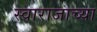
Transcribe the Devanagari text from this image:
स्वाराजाच्या